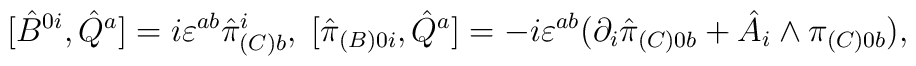
[\hat {B}^{0i},\hat {Q}^a]=i\varepsilon^{ab}\hat{\pi}^i_{(C)b},\; [\hat {\pi}_{(B)0i},\hat {Q}^a]=-i\varepsilon^{ab}(\partial_i \hat\pi_{(C)0b}+\hat {A}_i\wedge\pi_{(C)0b}),